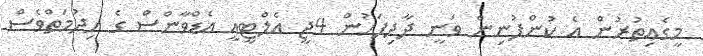
މީގެއިތުރުން އެ ކުންފުނިން ވަނީ ދާދިފަހުން 4ޖީ އެލްޓީއީ އެޑްވާންސް ގެ ހިދުމަތްވެސް